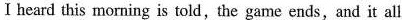
Ⅰheard this morning is told,the game ends,and it all